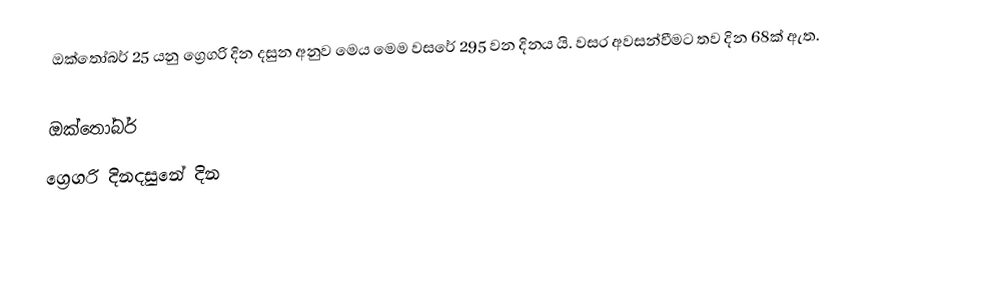
ඔක්තෝබර් 25 යනු ග්‍රෙගරි දින දසුන අනුව මෙය මෙම වසරේ 295 වන දිනය යි. වසර අවසන්වීමට තව දින 68ක් ඇත.

ඔක්තෝබර්
ග්‍රෙගරි දිනදසුනේ දින